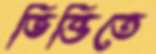
ভিত্তিতে